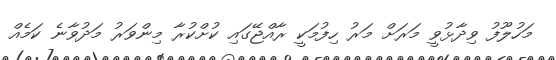
މަހުލޫފު ވިދާޅުވީ މަރަށް މަރު ހިފުމަކީ ރާއްޖޭގައި ކުށްކުރާ މިންވަރު މަދުވާނެ ކަމެއް